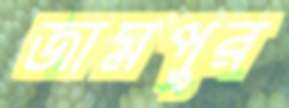
জামপুর